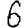
Digit: 6